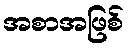
အစာအဖြစ်